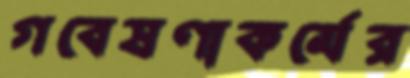
গবেষণাকর্মের